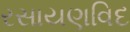
રસાયણવિદ